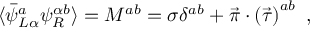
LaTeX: \langle \bar { \psi } _ { L \alpha } ^ { a } \psi _ { R } ^ { \alpha b } \rangle = M ^ { a b } = \sigma \delta ^ { a b } + \vec { \pi } \cdot \left( \vec { \tau } \right) ^ { a b } \ ,